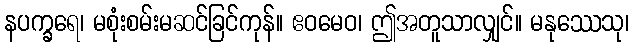
နပက္ခရေ၊ မစုံးစမ်းမဆင်ခြင်ကုန်။ ဧဝမေဝ၊ ဤအတူသာလျှင်။ မနုဿေသု၊